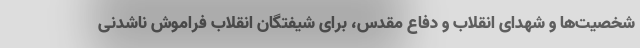
شخصیت‌ها و شهدای انقلاب و دفاع مقدس، برای شیفتگان انقلاب فراموش ناشدنی